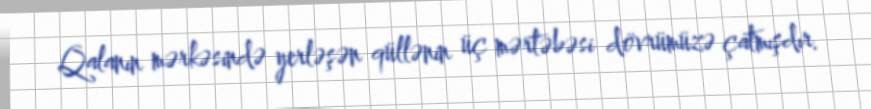
Qalanın mərkəsində yerləşən qüllənin üç mərtəbəsi dövrümüzə çatmışdır.